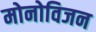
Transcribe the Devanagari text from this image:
मोनोविजन